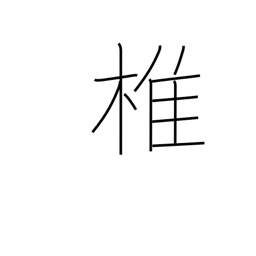
Meaning: spine